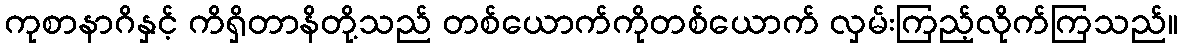
ကုစာနာဂိနှင့် ကိရှိတာနိတို့သည် တစ်ယောက်ကိုတစ်ယောက် လှမ်းကြည့်လိုက်ကြသည်။